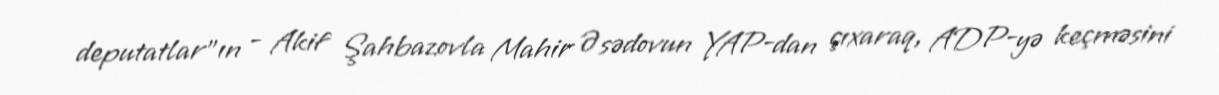
deputatlar”ın - Akif Şahbazovla Mahir Əsədovun YAP-dan çıxaraq, ADP-yə keçməsini